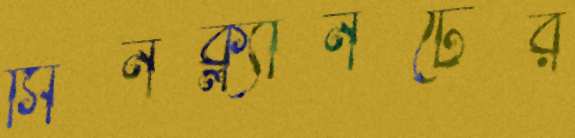
সিনক্ল্যানটের